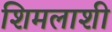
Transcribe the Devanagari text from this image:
शिमलाशी